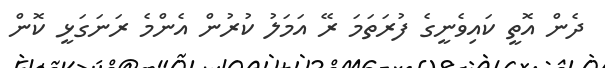
ދެން އޮތީ ކައިވެނީގެ ފުރަތަމަ ރޭ އަމަލު ކުރުން އެންމެ ރަނަގަޅީ ކޮން